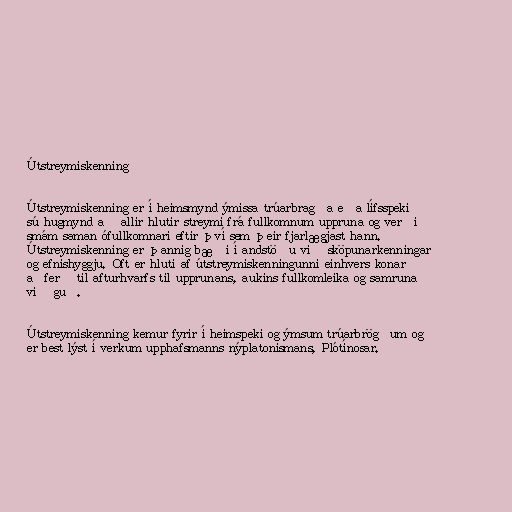
Útstreymiskenning

Útstreymiskenning er í heimsmynd ýmissa trúarbragða eða lífsspeki
sú hugmynd að allir hlutir streymi frá fullkomnum uppruna og verði
smám saman ófullkomnari eftir því sem þeir fjarlægjast hann.
Útstreymiskenning er þannig bæði í andstöðu við sköpunarkenningar
og efnishyggju. Oft er hluti af útstreymiskenningunni einhvers konar
aðferð til afturhvarfs til upprunans, aukins fullkomleika og samruna
við guð.

Útstreymiskenning kemur fyrir í heimspeki og ýmsum trúarbrögðum og
er best lýst í verkum upphafsmanns nýplatonismans, Plótínosar.